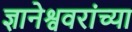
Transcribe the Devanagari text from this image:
ज्ञानेश्ववरांच्या